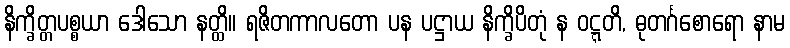
နိက္ခိတ္တပစ္စယာ ဒေါသော နတ္ထိ။ ရဇိတကာလတော ပန ပဋ္ဌာယ နိက္ခိပိတုံ န ဝဋ္ဋတိ, ဓုတင်္ဂစောရော နာမ